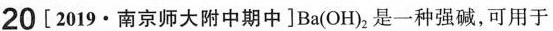
20 [2019·南京师大附中期中]Ba(OH)_{ 2}是一种强碱，可用于